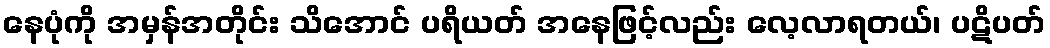
နေပုံကို အမှန်အတိုင်း သိအောင် ပရိယတ် အနေဖြင့်လည်း လေ့လာရတယ်၊ ပဋိပတ်